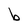
Character: b